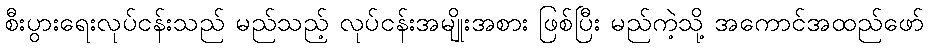
စီးပွားရေးလုပ်ငန်းသည် မည်သည့် လုပ်ငန်းအမျိုးအစား ဖြစ်ပြီး မည်ကဲ့သို့ အကောင်အထည်ဖော်